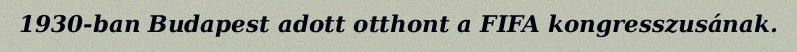
1930-ban Budapest adott otthont a FIFA kongresszusának.